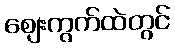
ဈေးကွက်ထဲတွင်